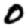
Digit: 0